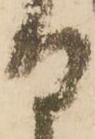
日